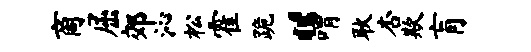
商屈郊沁松霍跪“喟耿杏欺肓